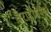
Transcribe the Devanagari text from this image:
वेराहौसमैन